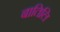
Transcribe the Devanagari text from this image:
बातिलि